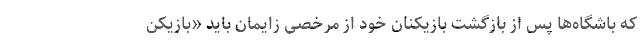
که باشگاه‌ها پس از بازگشت بازیکنان خود از مرخصی زایمان باید «بازیکن